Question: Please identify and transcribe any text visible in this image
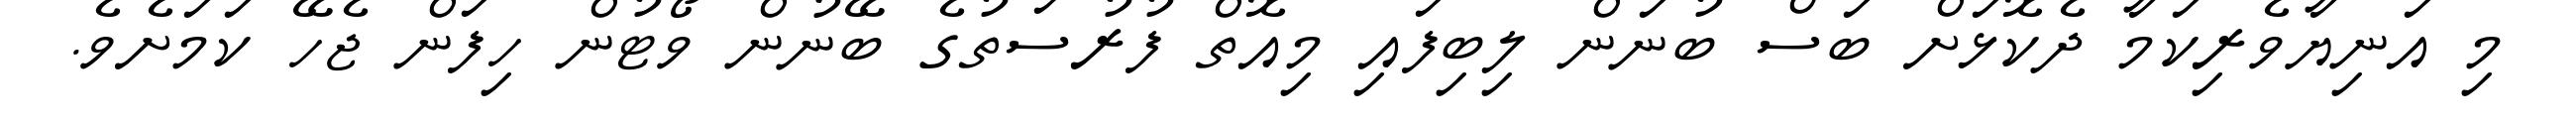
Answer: މި އަނިޔާވެރިކަމާ ދެކޮޅަށް ބަސް ބުނަން ލިބިފައި މިއޮތް ފުރުސަތުގެ ބޭނުން ވޯޓުން ހިފަން ޖެހޭ ކަމަށެވެ.